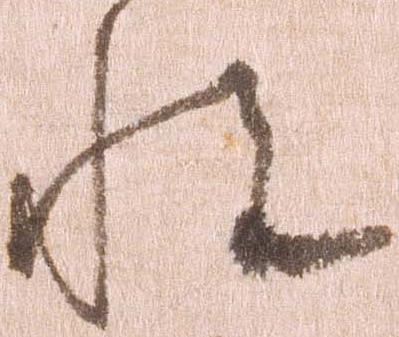
悦